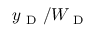
y _ { \mathrm { ~ D ~ } } / W _ { \mathrm { ~ D ~ } }